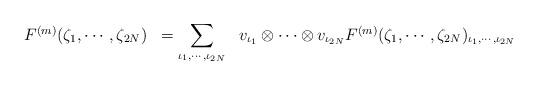
LaTeX: \begin{align*}\begin{array}{rcl}F^{(m)}(\zeta _1 , \cdots , \zeta _{2N})& =\displaystyle\sum_{\iota _1 , \cdots , \iota _{2N}}& v_{\iota _1 } \otimes \cdots \otimes v_{\iota _{2N}}F^{(m)}(\zeta _1 , \cdots , \zeta _{2N})_{\iota _1 , \cdots , \iota _{2N}}\end{array}\end{align*}